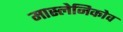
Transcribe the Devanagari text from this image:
मास्लेनिकोव